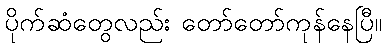
ပိုက်ဆံတွေလည်း တော်တော်ကုန်နေပြီ။